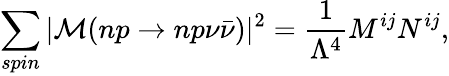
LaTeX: \sum_{\scriptstyle spin}|{\cal M}(np\rightarrow np\nu\bar{\nu})|^{2}=\frac{1}{\Lambda^{4}}M^{ij}N^{ij},